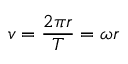
v = { \frac { 2 \pi r } { T } } = \omega r